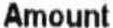
AMOUNT